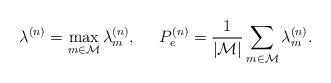
LaTeX: \begin{align*}\lambda^{(n)}= \max\limits_{m \in \mathcal{M}} \lambda_m^{(n)}, \; \;\;\;\; P_{e}^{(n)}=\frac{1}{|\mathcal{M}|} \sum\limits_{m\in \mathcal{M}} \lambda_m^{(n)}.\end{align*}